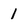
Character: 1